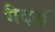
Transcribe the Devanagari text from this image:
गैदर्स